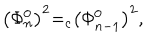
\left( \Phi _ { n } ^ { 0 } \right) ^ { 2 } { = } _ { c } \left( \Phi _ { n - 1 } ^ { 0 } \right) ^ { 2 } ,